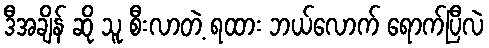
ဒီအချိန် ဆို သူ စီးလာတဲ့ ရထား ဘယ်လောက် ရောက်ပြီလဲ